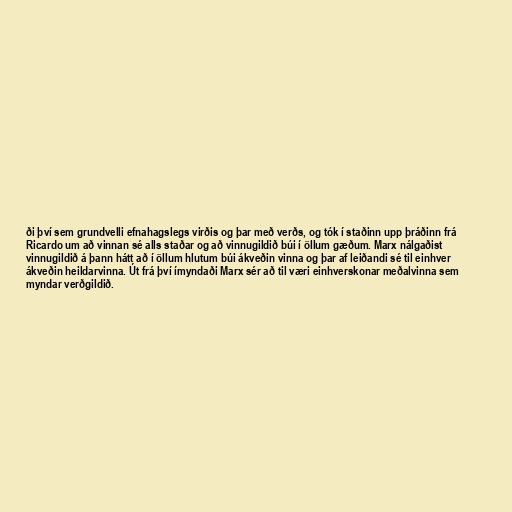
ði því sem grundvelli efnahagslegs virðis og þar með verðs, og tók í staðinn upp þráðinn frá
Ricardo um að vinnan sé alls staðar og að vinnugildið búi í öllum gæðum. Marx nálgaðist
vinnugildið á þann hátt að í öllum hlutum búi ákveðin vinna og þar af leiðandi sé til einhver
ákveðin heildarvinna. Út frá því ímyndaði Marx sér að til væri einhverskonar meðalvinna sem
myndar verðgildið.